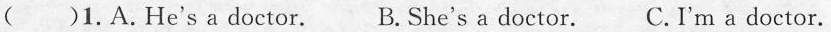
( )1.A.He's a doctor. B. She's a doctor. C.I'm a doctor.